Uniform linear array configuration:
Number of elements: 32
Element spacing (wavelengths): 0.25
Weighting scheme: hann
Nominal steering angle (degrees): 30
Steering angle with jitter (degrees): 29.363
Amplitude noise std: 0.05
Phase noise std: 0.05

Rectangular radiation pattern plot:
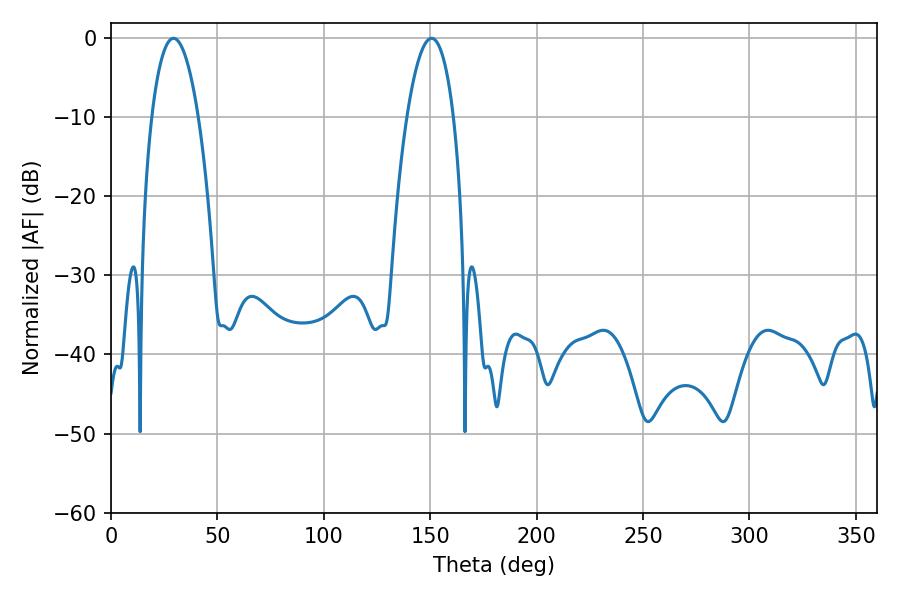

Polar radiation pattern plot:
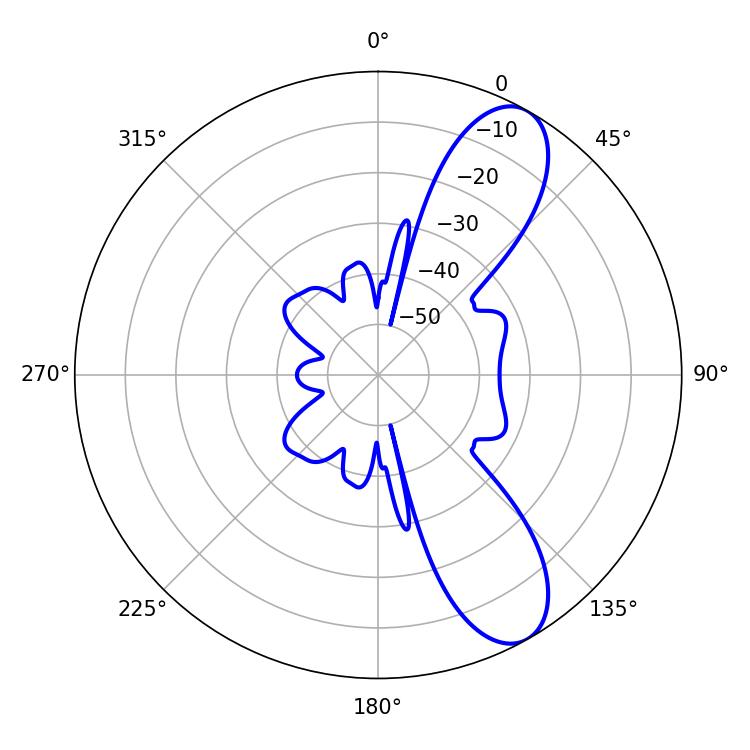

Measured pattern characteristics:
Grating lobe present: FALSE
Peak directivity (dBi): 9.496
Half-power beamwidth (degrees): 12.24
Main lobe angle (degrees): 29.34